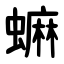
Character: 䗫